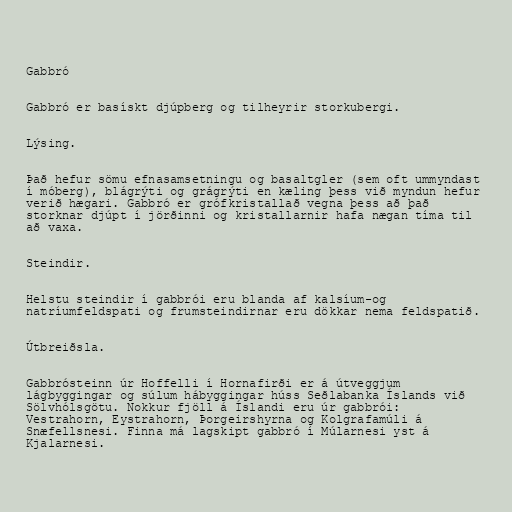
Gabbró

Gabbró er basískt djúpberg og tilheyrir storkubergi.

Lýsing.

Það hefur sömu efnasamsetningu og basaltgler (sem oft ummyndast
í móberg), blágrýti og grágrýti en kæling þess við myndun hefur
verið hægari. Gabbró er grófkristallað vegna þess að það
storknar djúpt í jörðinni og kristallarnir hafa nægan tíma til
að vaxa.

Steindir.

Helstu steindir í gabbrói eru blanda af kalsíum-og
natríumfeldspati og frumsteindirnar eru dökkar nema feldspatið.

Útbreiðsla.

Gabbrósteinn úr Hoffelli í Hornafirði er á útveggjum
lágbyggingar og súlum hábyggingar húss Seðlabanka Íslands við
Sölvhólsgötu. Nokkur fjöll á Íslandi eru úr gabbrói:
Vestrahorn, Eystrahorn, Þorgeirshyrna og Kolgrafamúli á
Snæfellsnesi. Finna má lagskipt gabbró í Múlarnesi yst á
Kjalarnesi.